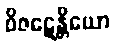
ဝိဇဋေန္တိယော